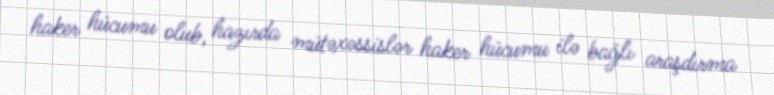
haker hücumu olub, hazırda mütəxəssislər haker hücumu ilə bağlı araşdırma